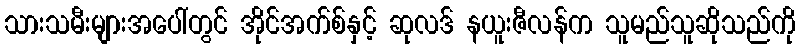
သားသမီးများအပေါ်တွင် အိုင်အက်စ်နှင့် ဆုလဒ် နယူးဇီလန်က သူမည်သူဆိုသည်ကို